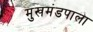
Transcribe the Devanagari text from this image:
मुखमंडपाला